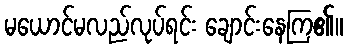
မယောင်မလည်လုပ်ရင်း ချောင်းနေကြ၏။